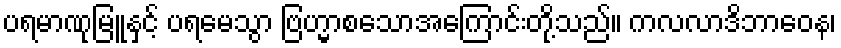
ပရမာဏုမြူနှင့် ပရမေသွာ ဗြဟ္မာစသောအကြောင်းတို့သည်။ ကလလာဒိဘာဝေန၊